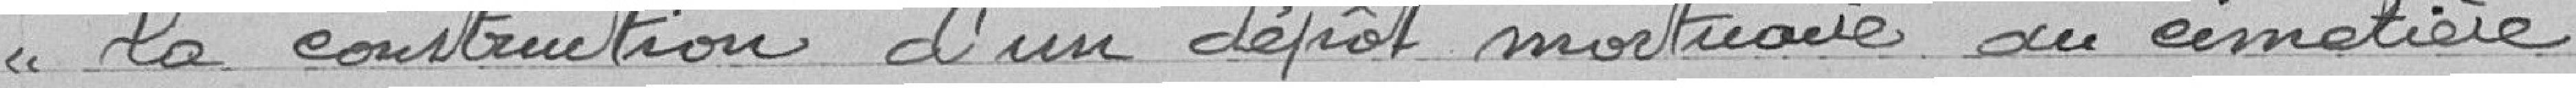
la construction d'un dépôt mortuaire du cimetière